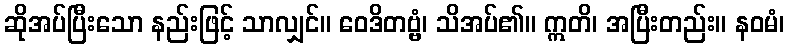
ဆိုအပ်ပြီးသော နည်းဖြင့် သာလျှင်။ ဝေဒိတဗ္ဗံ၊ သိအပ်၏။ ဣတိ၊ အပြီးတည်း။ နဝမံ၊